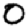
Digit: 0